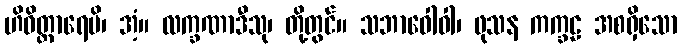
ဟိဝိတ္ထာရေမိ၊ အံ့။ လက္ခဏာဒီသု၊ တို့တွင်။ သဘာဝေါဝါ၊ ဖုသန ကက္ခဠ အစရှိသော